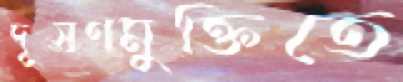
দূষণমুক্তিতে